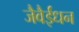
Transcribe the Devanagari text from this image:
जैवैईंधन